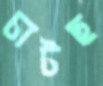
চাটছ